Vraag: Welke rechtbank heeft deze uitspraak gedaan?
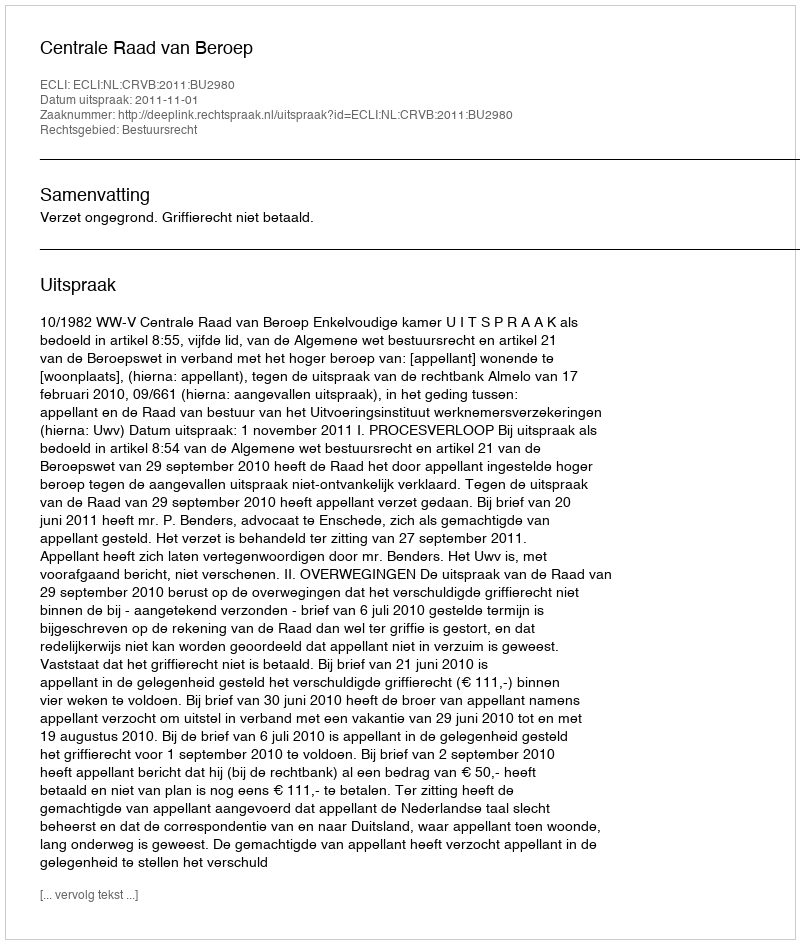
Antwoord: Centrale Raad van Beroep